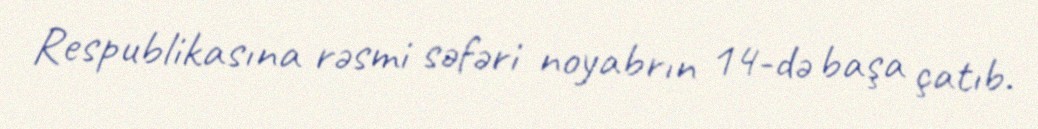
Respublikasına rəsmi səfəri noyabrın 14-də başa çatıb.